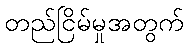
တည်ငြိမ်မှုအတွက်